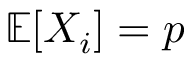
\mathbb { E } [ X _ { i } ] = p